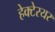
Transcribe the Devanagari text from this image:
हेक्टेरयर